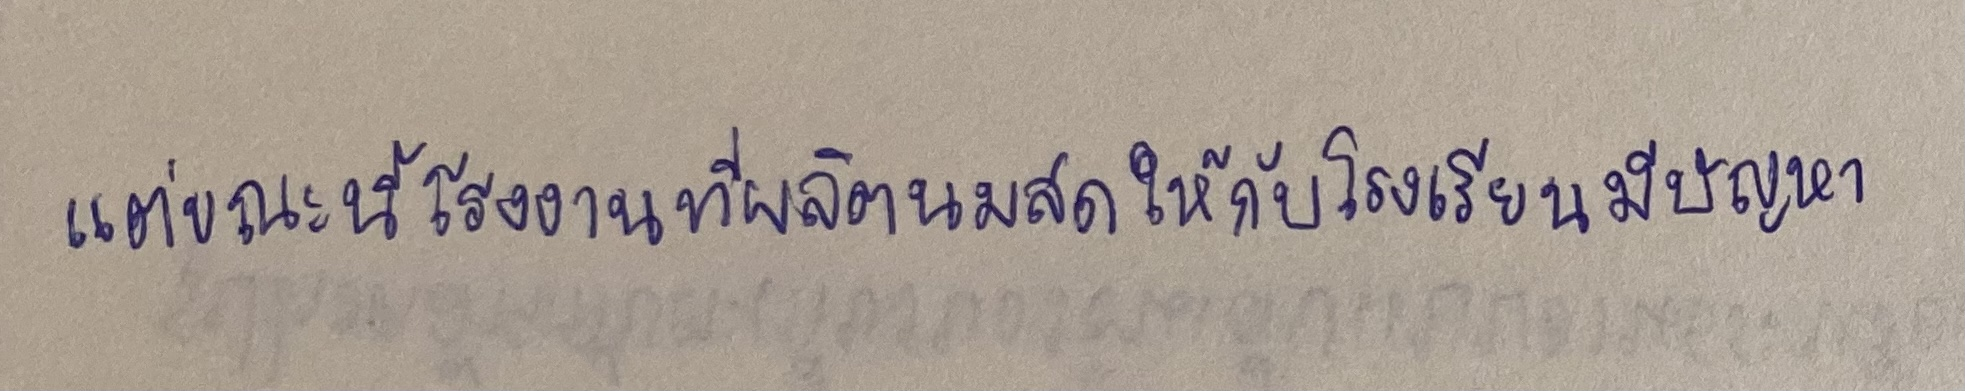
แต่ขณะนี้โรงงานที่ผลิตนมสดให้กับโรงเรียนมีปัญหา